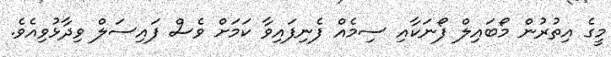
މީގެ އިތުރުން މޯބައިލް ފޯނަކާއި ސިމެއް ފެނިފައިވާ ކަމަށް ވެސް ފައިސަލް ވިދާޅުވިއެވެ.